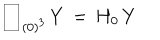
LaTeX: \begin{array} { | c | } \hline { { \hspace { . 2 c m } } } \\ \hline { { } } \\ \end{array} _ { \, ( 0 ) ^ { 3 } } \, Y \, = \, H _ { 0 } \, Y